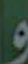
و